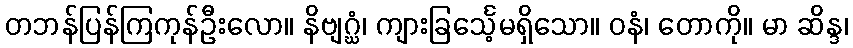
တဘန်ပြန်ကြကုန်ဦးလော။ နိဗျဂ္ဃံ၊ ကျားခြင်္သေ့မရှိသော။ ဝနံ၊ တောကို။ မာ ဆိန္ဒ၊